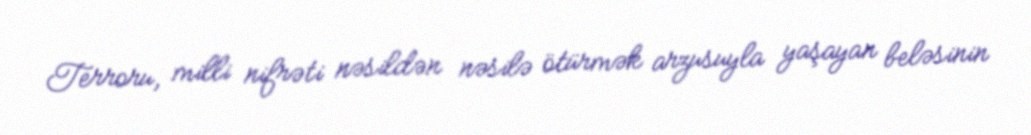
Terroru, milli nifrəti nəsildən nəsilə ötürmək arzusuyla yaşayan beləsinin